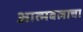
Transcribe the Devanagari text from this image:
आत्मबलाचा